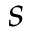
s